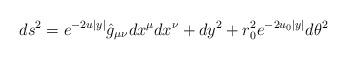
LaTeX: \begin{align*}ds^2= e^{-2u|y|}\hat{g}_{\mu\nu}dx^\mu dx^\nu + dy^2 + r_0^2 e^{-2u_0|y|} d\theta^2\end{align*}